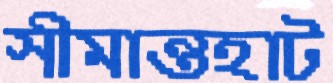
সীমান্তহাট